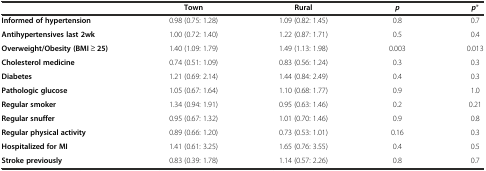
|  | Town | Rural | p | p* |
 | --- | --- | --- | --- | --- |
 | Informed of hypertension | 0.98 (0.75: 1.28) | 1.09 (0.82: 1.45) | 0.8 | 0.7 |
 | Antihypertensives last 2wk | 1.00 (0.72: 1.40) | 1.22 (0.87: 1.71) | 0.5 | 0.4 |
 | Overweight/Obesity(BMI ≥ 25) | 1.40 (1.09: 1.79) | 1.49 (1.13: 1.98) | 0.003 | 0.013 |
 | Cholesterol medicine | 0.74 (0.51: 1.09) | 0.83 (0.56: 1.24) | 0.3 | 0.3 |
 | Diabetes | 1.21 (0.69: 2.14) | 1.44 (0.84: 2.49) | 0.4 | 0.3 |
 | Pathologic glucose | 1.05 (0.67: 1.64) | 1.10 (0.68: 1.77) | 0.9 | 1.0 |
 | Regular smoker | 1.34 (0.94: 1.91) | 0.95 (0.63: 1.46) | 0.2 | 0.21 |
 | Regular snuffer | 0.95 (0.67: 1.32) | 1.01 (0.70: 1.46) | 0.9 | 0.8 |
 | Regular physical activity | 0.89 (0.66: 1.20) | 0.73 (0.53: 1.01) | 0.16 | 0.3 |
 | Hospitalized for MI | 1.41 (0.61: 3.25) | 1.65 (0.76: 3.55) | 0.4 | 0.5 |
 | Stroke previously | 0.83 (0.39: 1.78) | 1.14 (0.57: 2.26) | 0.8 | 0.7 |